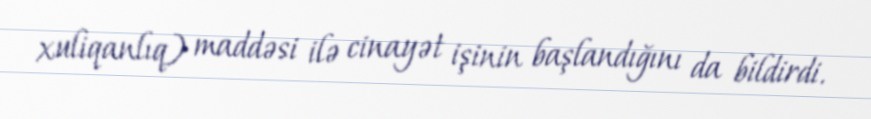
xuliqanlıq) maddəsi ilə cinayət işinin başlandığını da bildirdi.